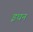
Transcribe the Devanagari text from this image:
इधन